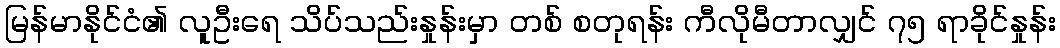
မြန်မာနိုင်ငံ၏ လူဦးရေ သိပ်သည်းနှုန်းမှာ တစ် စတုရန်း ကီလိုမီတာလျှင် ၇၅ ရာခိုင်နှုန်း